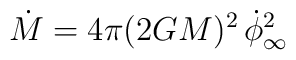
\dot{M} = 4\pi (2GM)^2 \, \dot{\phi}_\infty^2